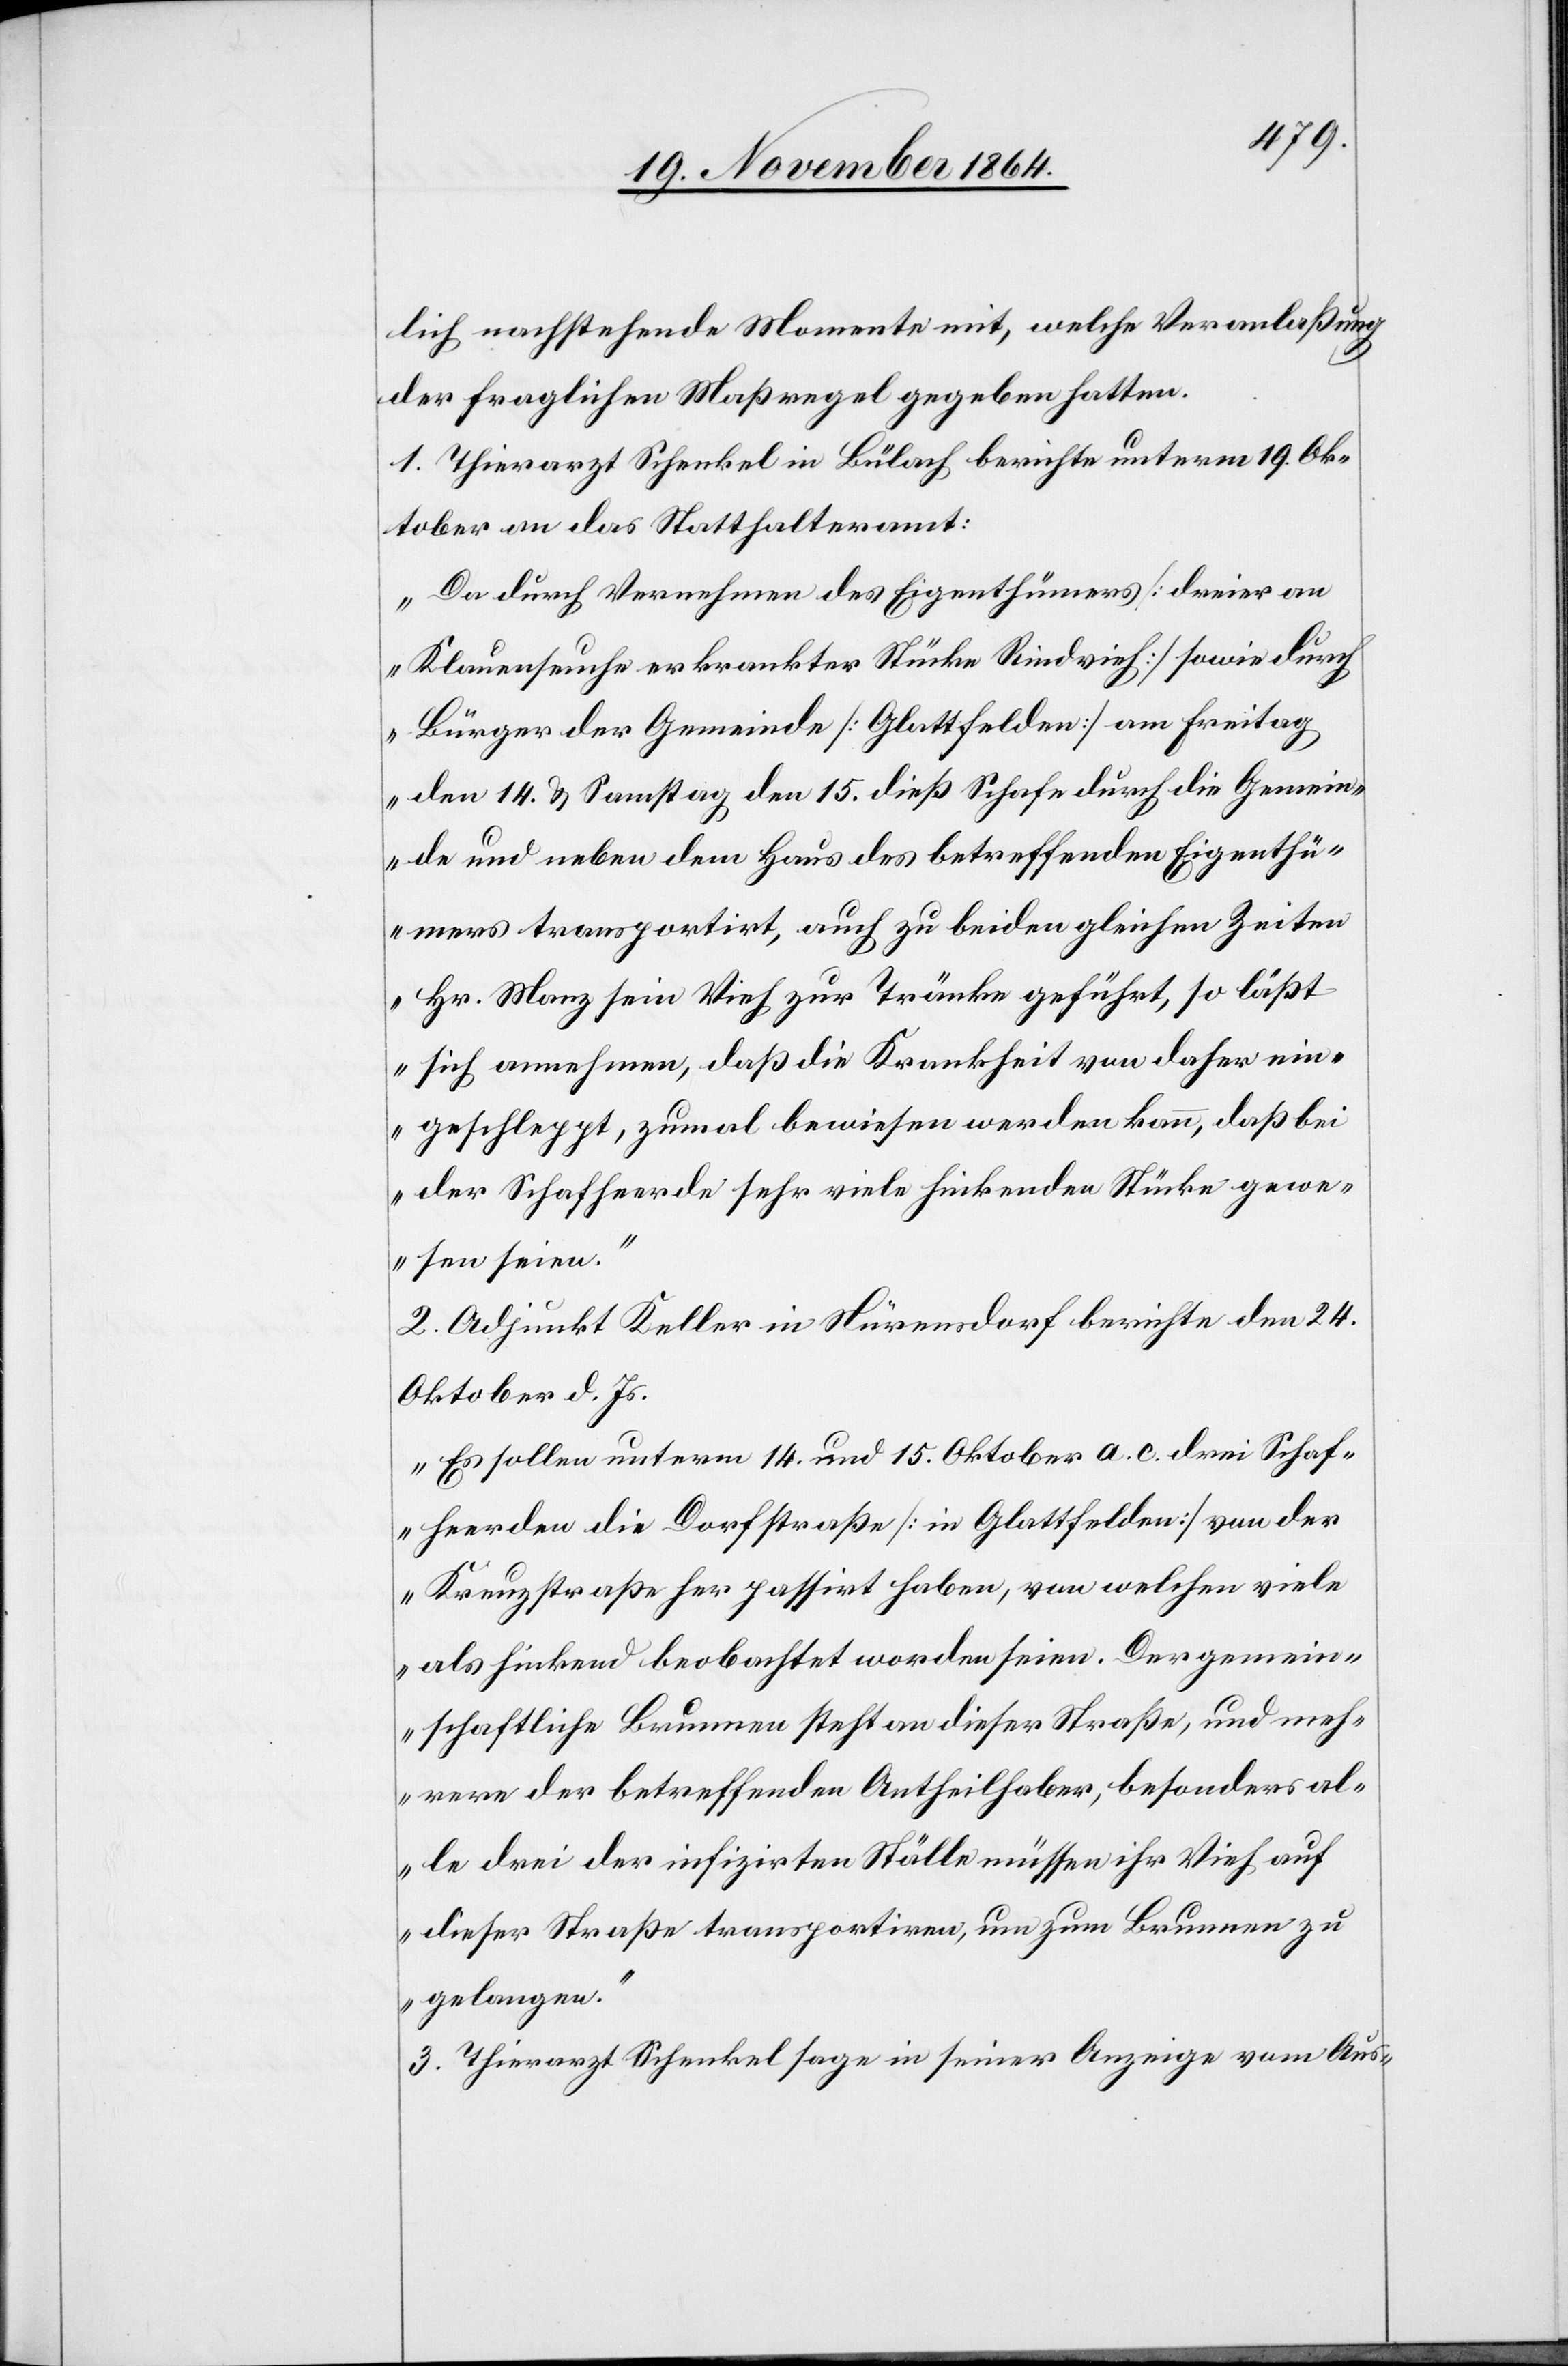
lich nachstehende Momente mit, welche Veranlaßung
der fraglichen Maßregel gegeben hatten.
1. Thierarzt Schenkel in Bülach berichte unterm 19. Ok¬
tober an das Statthalteramt:
„Da durch Vernehmen des Eigenthümers [dreier an
Klauenseuche erkrankten Stücke Rindvieh] sowie durch
Bürger der Gemeinde [Glattfelden] am Freitag
den 14. & Samstag den 15. dieß Schafe durch die Gemein¬
de und neben dem Haus des betreffenden Eigenthü¬
mers transportirt, auch zu beiden gleichen Zeiten
Hr. Manz sein Vieh zur Tränke geführt, so läßt
sich annehmen, daß die Krankheit von daher ein¬
geschleppt, zumal bewiesen werden kann, daß bei
der Schafheerde sehr viele hinkenden [sic!] Stücke gewe¬
sen seien.“
2. Adjunkt Keller in Nürensdorf berichte den 24
Oktober d. Js.
„Es sollen unterm 14. und 15. Oktober a. c. drei Schaf¬
heerden die Dorfstraße [in Glattfelden] von der
Kreuzstraße her passirt haben, von welchen viele
als hinkend beobachtet worden seien. Der gemein¬
schaftliche Brunnen steht an dieser Straße, und meh¬
rere der betreffenden Antheilhaber, besonders al¬
le drei der infizirten Ställe müssen ihr Vieh auf
dieser Straße transportiren, um zum Brunnen zu
gelangen.“
3. Thierarzt Schenkel sage in seiner Anzeige vom Aus-